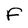
Character: f